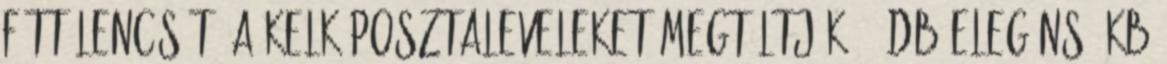
főtt lencsét. A kelkáposztaleveleket megtöltjük, 5 db elegáns, kb